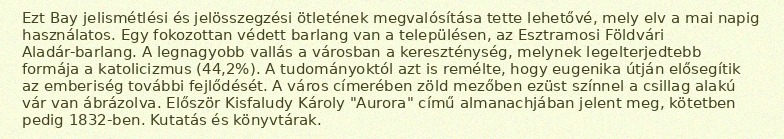
Ezt Bay jelismétlési és jelösszegzési ötletének megvalósítása tette lehetővé, mely elv a mai napig használatos. Egy fokozottan védett barlang van a településen, az Esztramosi Földvári Aladár-barlang. A legnagyobb vallás a városban a kereszténység, melynek legelterjedtebb formája a katolicizmus (44,2%). A tudományoktól azt is remélte, hogy eugenika útján elősegítik az emberiség további fejlődését. A város címerében zöld mezőben ezüst színnel a csillag alakú vár van ábrázolva. Először Kisfaludy Károly "Aurora" című almanachjában jelent meg, kötetben pedig 1832-ben. Kutatás és könyvtárak.